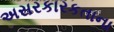
અસરકારકતાના